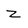
Character: Z